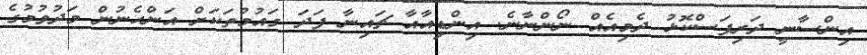
އިންސާނީ ދަރިފަސްކޮޅު ދެމިއެއް ނޯންނާނެ. އިންޑިއާއާ ޗައިނާ ފަދަ ގައުމުތަކަށް އަންހެނުން މަދުވުމުގެ